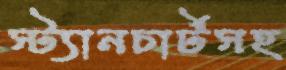
স্ট্যানচার্টসহ